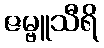
ဇမ္ဗူသီရိ